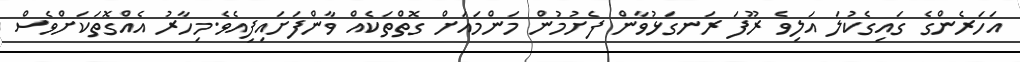
އަހަރެންގެ ގައިގެކުލަ އަލިވެ ރޫފަ ރަނގަޅުވާން ފެށުމުން މަންމައަށް ގޮތްތަކެއް ވާންފަށައިފިއެވެ.މިހާރު އެއްގޮތަކަށްވެސް